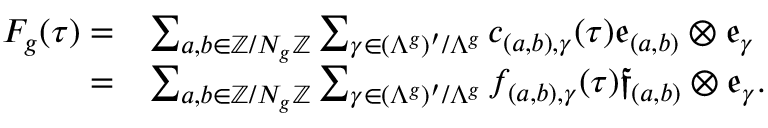
\begin{array} { r l } { F _ { g } ( \tau ) = } & { \sum _ { a , b \in \mathbb Z / N _ { g } \mathbb Z } \sum _ { \gamma \in ( \Lambda ^ { g } ) ^ { \prime } / \Lambda ^ { g } } c _ { ( a , b ) , \gamma } ( \tau ) \mathfrak { e } _ { ( a , b ) } \otimes \mathfrak { e } _ { \gamma } } \\ { = } & { \sum _ { a , b \in \mathbb Z / N _ { g } \mathbb Z } \sum _ { \gamma \in ( \Lambda ^ { g } ) ^ { \prime } / \Lambda ^ { g } } f _ { ( a , b ) , \gamma } ( \tau ) \mathfrak { f } _ { ( a , b ) } \otimes \mathfrak { e } _ { \gamma } . } \end{array}